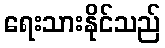
ရေးသားနိုင်သည်